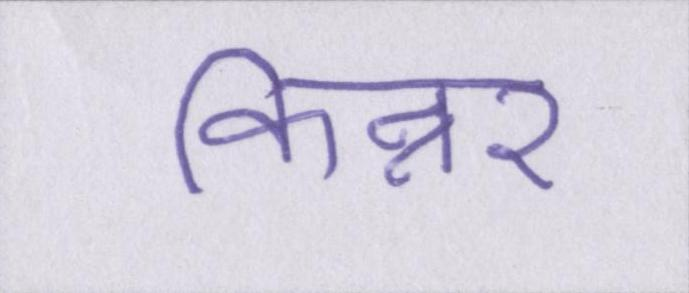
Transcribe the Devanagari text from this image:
किन्नर